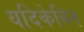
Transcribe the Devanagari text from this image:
यदिकेविन